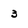
Character: 3